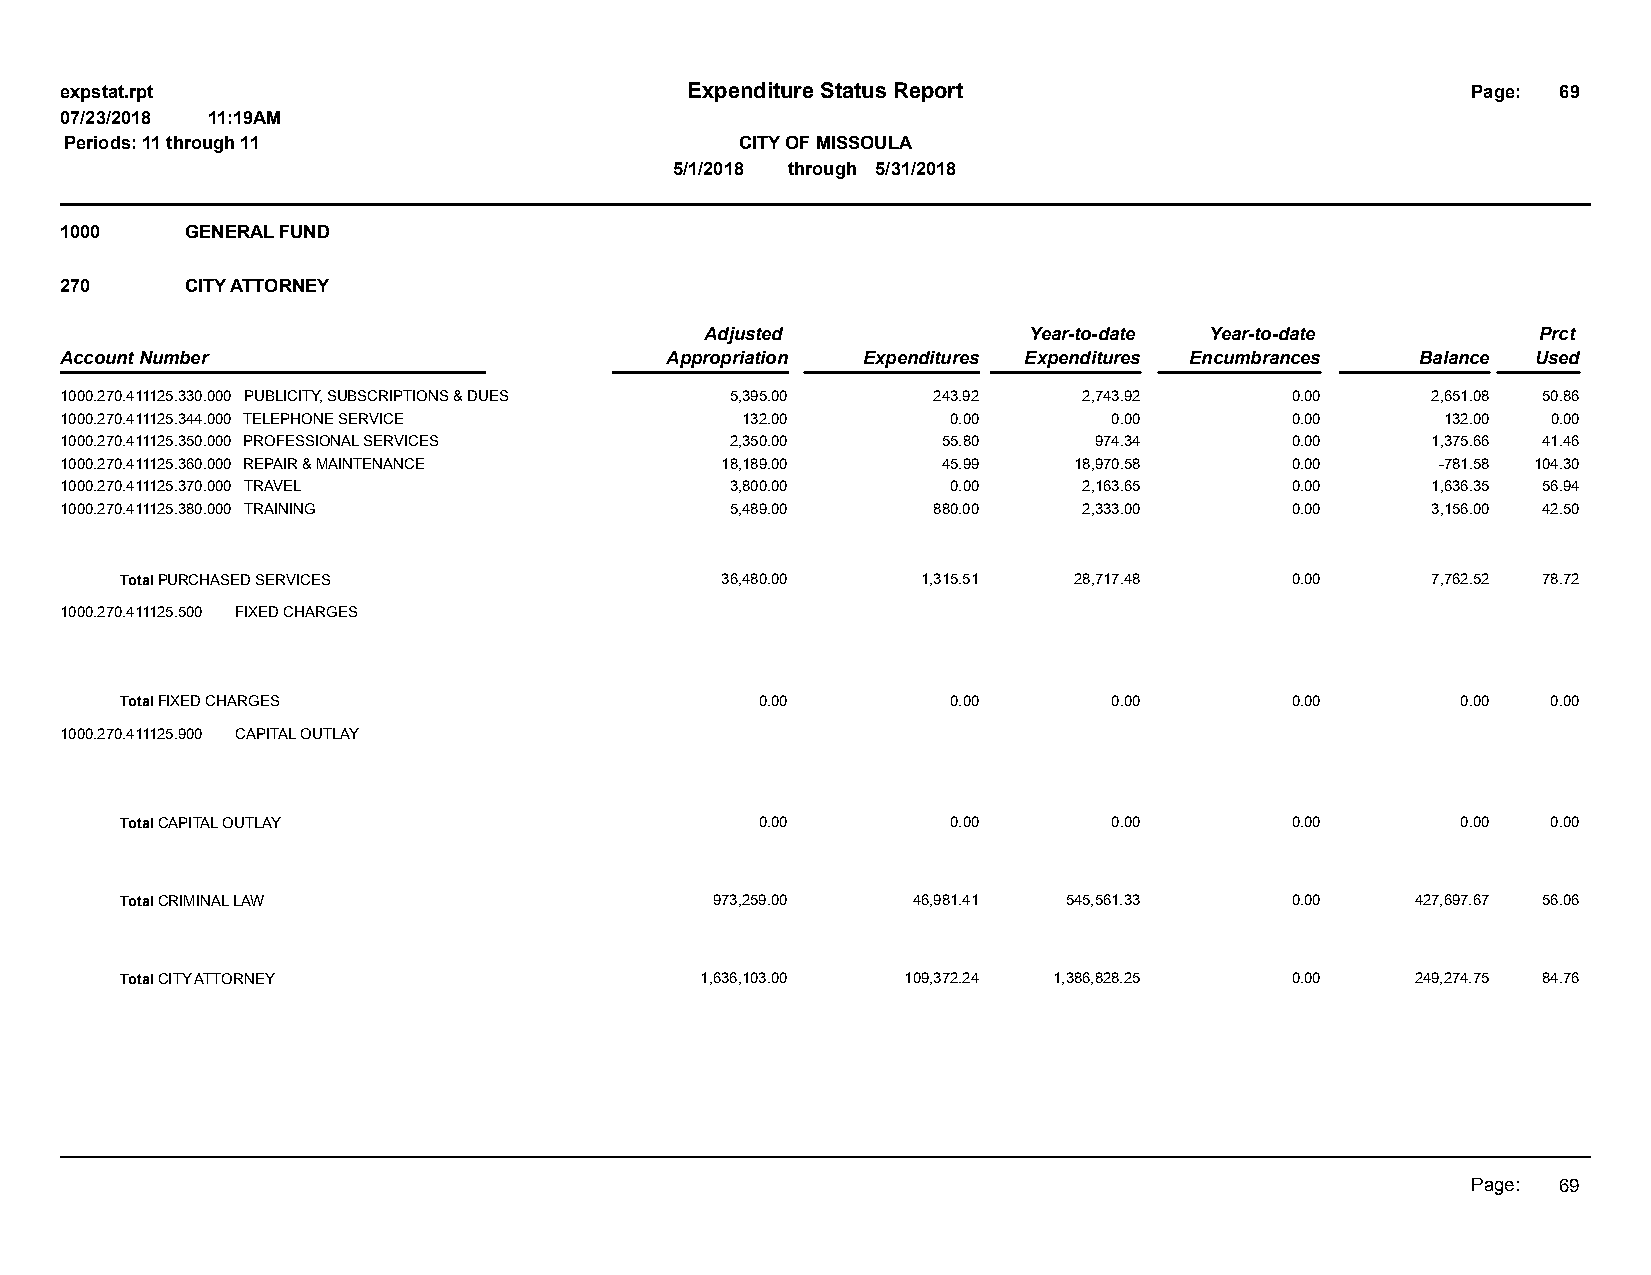
expstat.rpt                              Expenditure Status Report                           Page: 69
 07/23/2018 11:19AM
 Periods: 11 through 11                       CITY OF MISSOULA
 5/1/2018 through 5/31/2018
 1000    GENERAL FUND
 270     CITY ATTORNEY
 Adjusted             Year-to-date Year-to-date         Prct
 Account Number                          Appropriation Expenditures Expenditures Encumbrances Balance Used
 1000.270.411125.330.000 PUBLICITY, SUBSCRIPTIONS & DUES 5,395.00 243.92 2,743.92 0.00      2,651.08 50.86
 1000.270.411125.344.000 TELEPHONE SERVICE    132.00        0.00       0.00       0.00       132.00 0.00
 1000.270.411125.350.000 PROFESSIONAL SERVICES 2,350.00    55.80     974.34       0.00      1,375.66 41.46
 1000.270.411125.360.000 REPAIR & MAINTENANCE 18,189.00    45.99    18,970.58     0.00      -781.58 104.30
 1000.270.411125.370.000 TRAVEL              3,800.00       0.00     2,163.65     0.00      1,636.35 56.94
 1000.270.411125.380.000 TRAINING            5,489.00      880.00    2,333.00     0.00      3,156.00 42.50
 Total PURCHASED SERVICES                36,480.00    1,315.51  28,717.48     0.00      7,762.52 78.72
 1000.270.411125.500 FIXED CHARGES
 Total FIXED CHARGES                       0.00         0.00       0.00       0.00        0.00  0.00
 1000.270.411125.900 CAPITAL OUTLAY
 Total CAPITAL OUTLAY                      0.00         0.00       0.00       0.00        0.00  0.00
 Total CRIMINAL LAW                     973,259.00   46,981.41  545,561.33    0.00     427,697.67 56.06
 Total CITY ATTORNEY                   1,636,103.00  109,372.24 1,386,828.25  0.00     249,274.75 84.76
 Page: 69